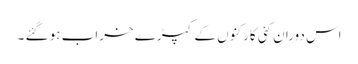
اس دوران کئی کارکنوں کے کپڑے خراب ہو گئے ۔